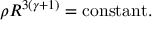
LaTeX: \rho R ^ { 3 ( \gamma + 1 ) } = \mathrm { c o n s t a n t } .